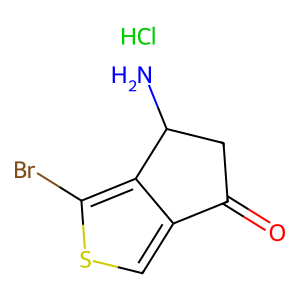
SMILES: Cl.NC1CC(=O)c2csc(Br)c21
Inhibits HIV replication: No